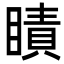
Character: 瞔